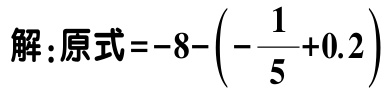
解：原式\(=-8-\left(-\frac{1}{5}+0.2\right)\)